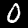
Digit: 0